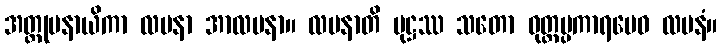
အတ္တုပနာယိကာ လပနာ အာလပနာ။ လပနာတိ ပုဋ္ဌဿ သတော ဝုတ္တပ္ပကာရမေဝ လပနံ။